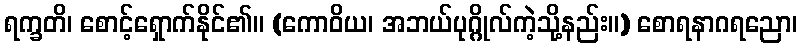
ရက္ခတိ၊ စောင့်ရှောက်နိုင်၏။ (ကောဝိယ၊ အဘယ်ပုဂ္ဂိုလ်ကဲ့သို့နည်း။) စောရနာဂရညော၊